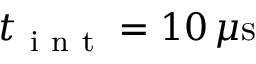
t _ { \mathrm { ~ i ~ n ~ t ~ } } = 1 0 \, \mu \mathrm { { s } }